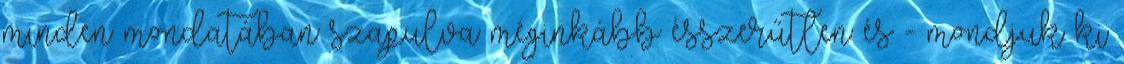
minden mondatában szapulva méginkább ésszerűtlen és - mondjuk ki